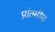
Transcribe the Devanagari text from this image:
प्रांतसीमा